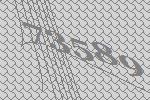
73589